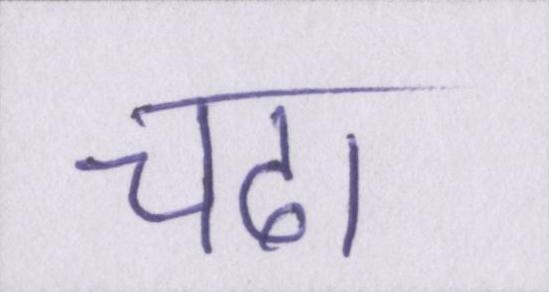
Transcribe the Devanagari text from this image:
चढा